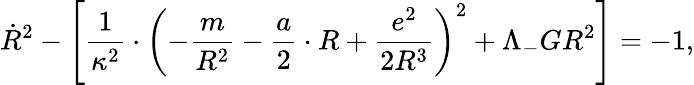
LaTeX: \dot{R}^{2}-\Biggl[\frac{1}{\kappa^{2}}\cdot\biggl(-\frac{m}{R^{2}}-\frac{a}{2}\cdot R+\frac{e^{2}}{2R^{3}}\biggr)^{2}+\Lambda_{-}GR^{2}\Biggr]=-1,